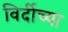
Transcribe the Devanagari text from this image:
विर्दीच्या